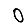
Digit: 0